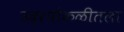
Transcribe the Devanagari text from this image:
उदरपोकळीतला